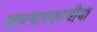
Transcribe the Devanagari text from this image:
खलनायकाचीया